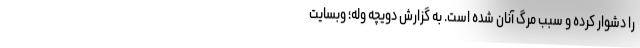
را دشوار کرده و سبب مرگ آنان شده است. به گزارش دویچه وله؛ وبسایت